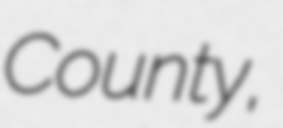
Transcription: County,